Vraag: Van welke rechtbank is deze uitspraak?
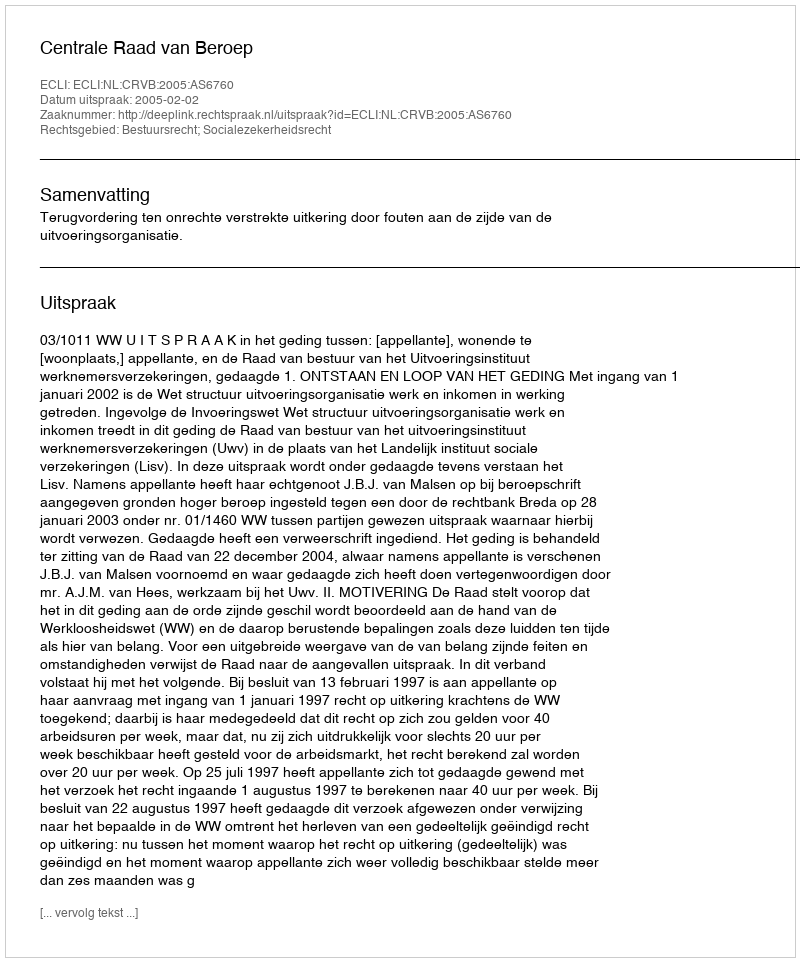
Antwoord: Centrale Raad van Beroep